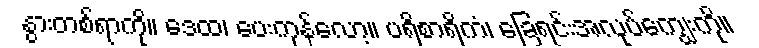
နွားတစ်ရာကို။ ဒေထ၊ ပေးကုန်လော့။ ပရိစာရိကံ၊ ခြေရင်းအလုပ်ကျွေးကို။